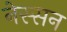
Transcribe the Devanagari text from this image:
नेस्‍सन